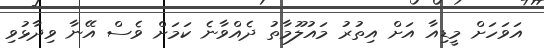
އަވަހަށް މީޑިއާ އަށް އިތުރު މައުލޫމާތު ދެއްވާނެ ކަމަށް ވެސް އޭނާ ވިދާޅުވި